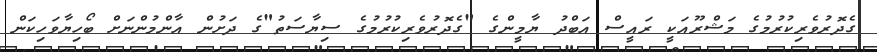
ގެދޮރުވެރިކުރުމުގެ މަޝްރޫއަކީ ރައީސް އަބްދު ޔާމީންގެ "ގެދޮރުވެރިކުރުމުގެ ސިޔާސަތު"ގެ ދަށުން އާންމުންނަށް ބޯހިޔާވަހިކަން